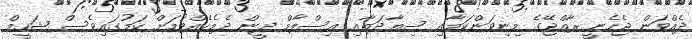
ދެއްވަން ޖެހެނީ ރާއްޖޭގެ މިނިވަންކަމާއި ސިޔާދަތާއި އިސްލާމް ދީން ދެމެހެއްޓުމަށް ކަމުގައިވެސް ޝަހީމް